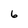
Character: 6